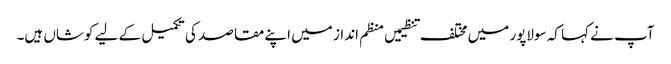
آپ نے کہا کہ سولاپور میں مختلف تنظیمیں منظم انداز میں اپنے مقاصد کی تکمیل کے لیے کوشاں ہیں۔